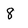
Character: 8